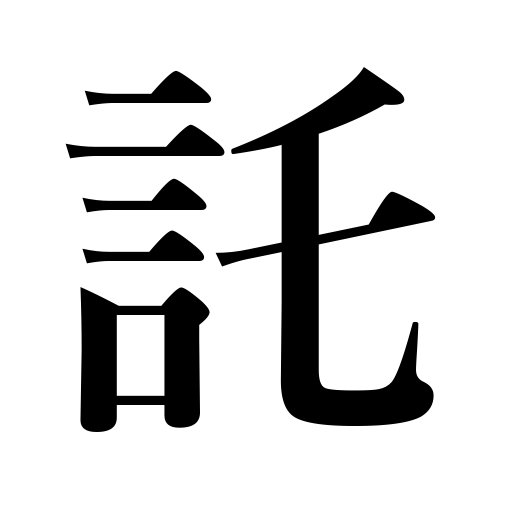
Meanings: entrusting with,requesting